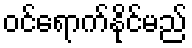
ဝင်ရောက်နိုင်မည်